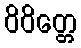
ဝိဝိတ္တေ